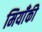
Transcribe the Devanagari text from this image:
मियाँकी